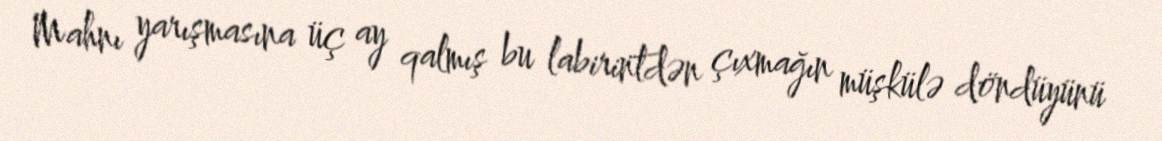
Mahnı yarışmasına üç ay qalmış bu labirintdən çıxmağın müşkülə döndüyünü